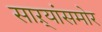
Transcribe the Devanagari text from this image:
साऱ्यांसमोर